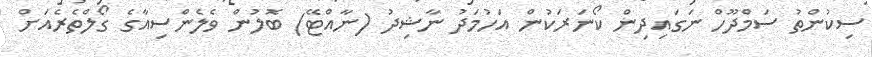
ސިކުންތު ސަމްދޫހް ނަގައިދިން ކޯނަރަކުން އަހުމަދު ނާޝިދު (ނާއްޓޭ) ބޮލުން ވެލެންސިއާގެ ގޯލްތެރެއަށް